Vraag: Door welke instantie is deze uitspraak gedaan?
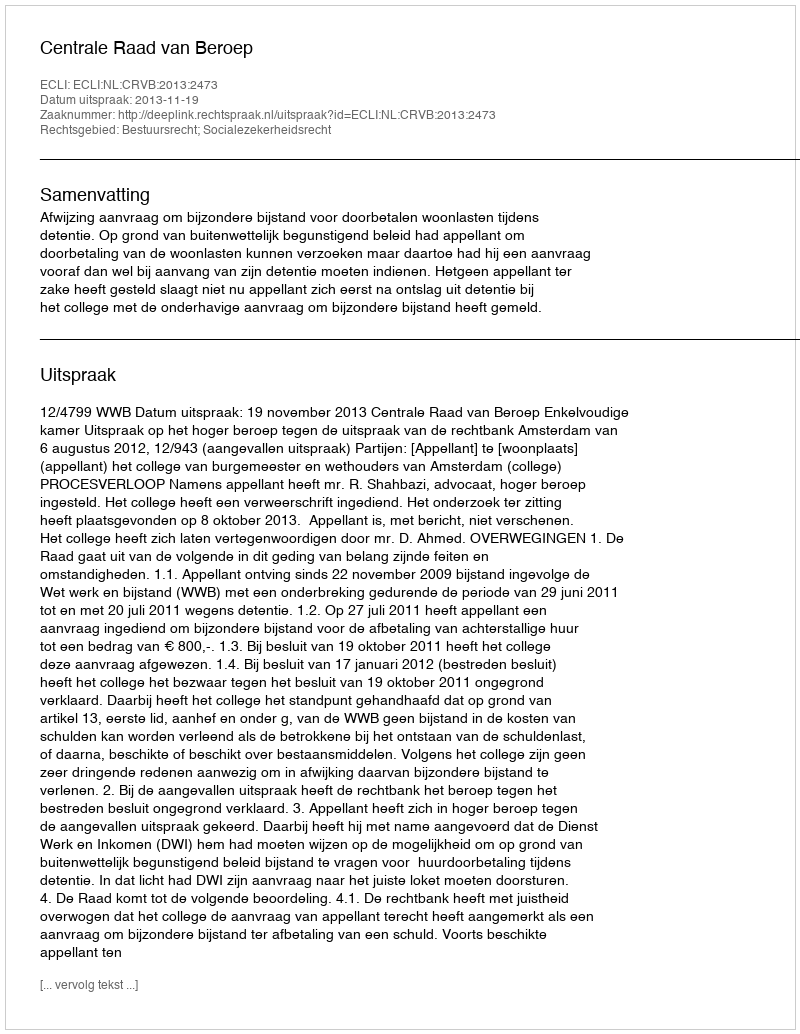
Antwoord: Centrale Raad van Beroep